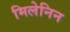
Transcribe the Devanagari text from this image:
मिलेनिन